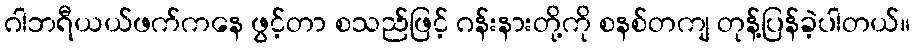
ဂါဘရီယယ်ဖက်ကနေ ဖွင့်တာ စသည်ဖြင့် ဂန်းနားတို့ကို စနစ်တကျ တုန့်ပြန်ခဲ့ပါတယ်။